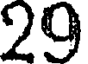
29